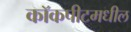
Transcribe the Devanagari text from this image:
कॉकपीटमधील